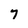
Character: 7